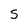
Character: S